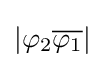
|\varphi _{2}{\overline {\varphi _{1}}}|